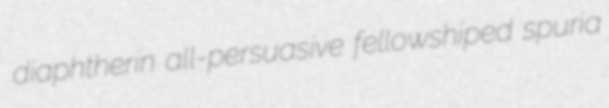
diaphtherin all-persuasive fellowshiped spuria